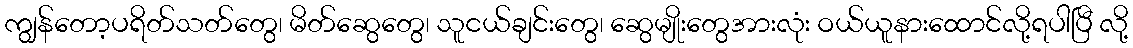
ကျွန်တော့ပရိတ်သတ်တွေ၊ မိတ်ဆွေတွေ၊ သူငယ်ချင်းတွေ၊ ဆွေမျိုးတွေအားလုံး ဝယ်ယူနားထောင်လို့ရပါပြီ လို့